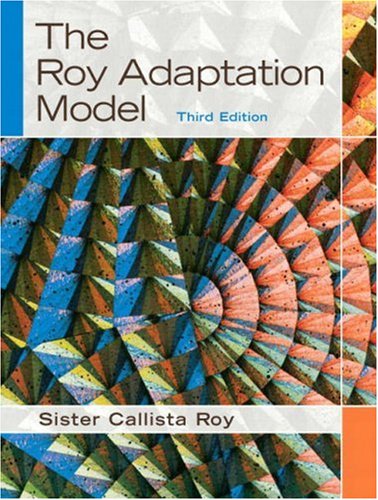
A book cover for The Roy Adaptation Model (3rd Edition); Sister Callista Roy; Medical Books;